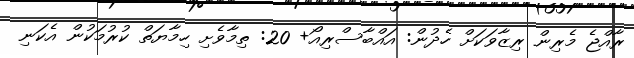
ރާއްޖެ މެރިން ރިޒާވަކަށް ހެދުން: އައްބާސްރިއޯ+ 20: ތިމާވެށި ހިމާޔަތް ކުރުމަކުން އެކަނި